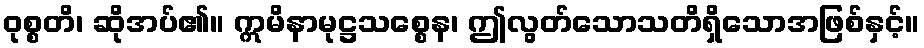
ဝုစ္စတိ၊ ဆိုအပ်၏။ ဣမိနာမုဋ္ဌသစ္စေန၊ ဤလွတ်သောသတိရှိသောအဖြစ်နှင့်။